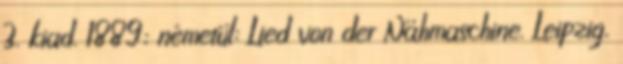
3. kiad. 1889; németül: Lied von der Nähmaschine. Leipzig,